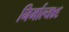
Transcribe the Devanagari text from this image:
निर्माल्य४६